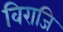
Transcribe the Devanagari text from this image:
विराजि